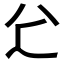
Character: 𠔇